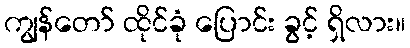
ကျွန်တော် ထိုင်ခုံ ပြောင်း ခွင့် ရှိလား။